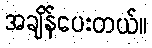
အချိန်ပေးတယ်။